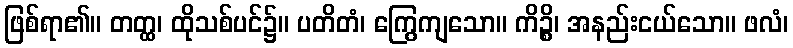
ဖြစ်ရာ၏။ တတ္ထ၊ ထိုသစ်ပင်၌။ ပတိတံ၊ ကြွေကျသော။ ကိဉ္စိ၊ အနည်းငယ်သော။ ဖလံ၊